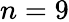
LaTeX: n=9